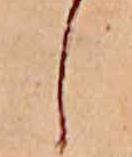
し